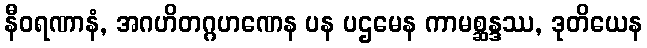
နီဝရဏာနံ, အဂဟိတဂ္ဂဟဏေန ပန ပဌမေန ကာမစ္ဆန္ဒဿ, ဒုတိယေန